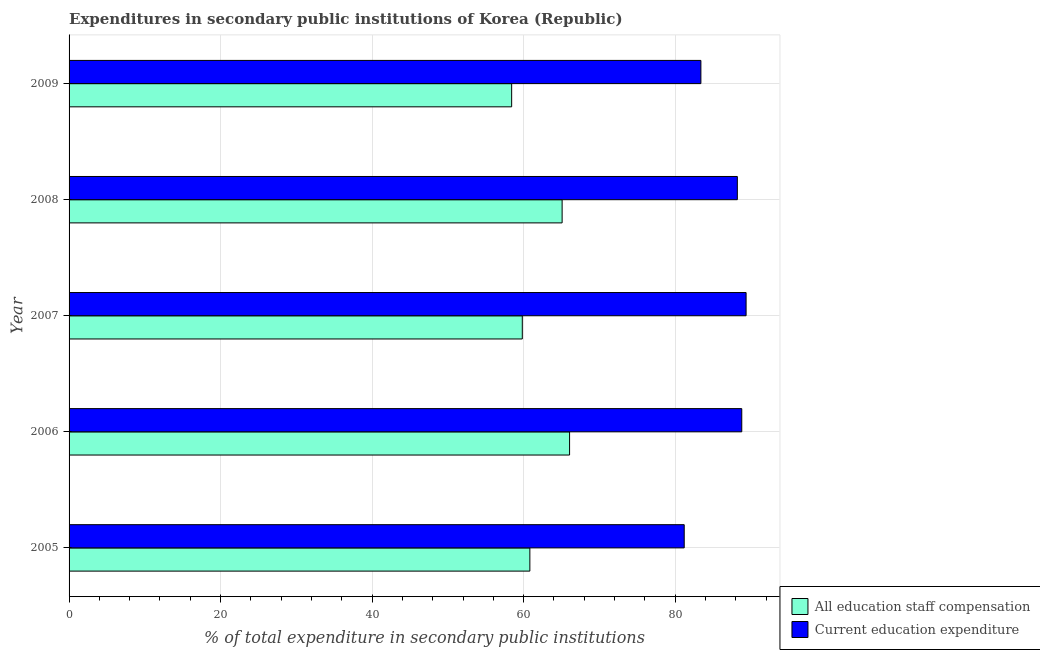
| Year | All education staff compensation | Current education expenditure |
 | --- | --- | --- |
 | 2005 | 60.8 | 81.2 |
 | 2006 | 66.1 | 88.8 |
 | 2007 | 59.8 | 89.4 |
 | 2008 | 65.1 | 88.2 |
 | 2009 | 58.4 | 83.4 |